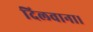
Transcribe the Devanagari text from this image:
दिलवाना।